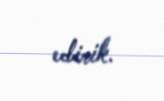
edirik.